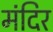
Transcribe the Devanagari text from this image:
मंदिर